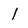
Character: 1